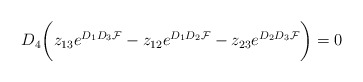
\begin{align*}D_4 \biggl(z_{13}e^{D_1D_3{\cal F}} - z_{12}e^{D_1D_2{\cal F}} - z_{23}e^{D_2D_3{\cal F}} \biggr) = 0\end{align*}